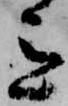
意